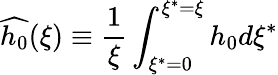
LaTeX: \widehat{h_{0}}(\xi)\equiv\frac{1}{\xi}\int_{\xi^{*}=0}^{\xi^{*}=\xi}h_{0}d\xi^{*}